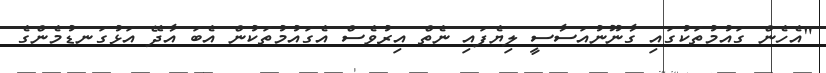
"އެހެން ގައުމުތަކުގައި ގާނޫނުއަސާސީ ލިޔެފައި ނެތް އިރުވެސް އެގައުމުތަކުން އެބަ އާދޭ އަޅުގަނޑުމެންގެ